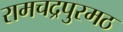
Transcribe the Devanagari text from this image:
रामचद्रपुरमठ